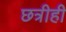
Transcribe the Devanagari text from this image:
छत्रीही